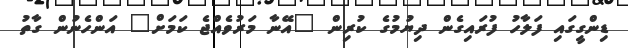
ޑިންގީގައި ފަލާހު ފުރައިގެން ދިޔުމުގެ ކުރިން "އޭނާ މަރުވެއްޖެ ކަމަށް" އަންހެނުން ގާތު